Problem: 7 × 2 = ?
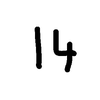
Handwritten answer: 14